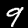
Digit: 9